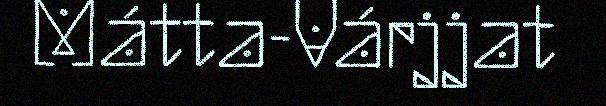
Mátta-Várjjat